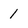
Character: 1